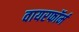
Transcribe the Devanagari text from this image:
वायरफॉर्म